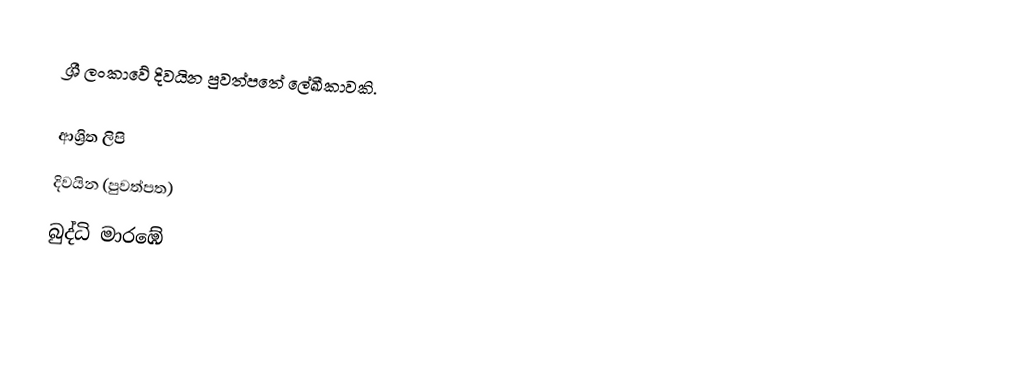
ශ්‍රී ලංකාවේ දිවයින පුවත්පතේ ලේඛීකාවකි.

ආශ්‍රිත ලිපි
 දිවයින (පුවත්පත)
 බුද්ධි මාරඹේ